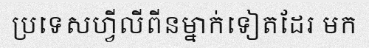
ប្រទេសហ្វីលីពីនម្នាក់ទៀតដែរ មក